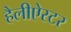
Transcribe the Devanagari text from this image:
हैलीऐस्टर